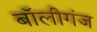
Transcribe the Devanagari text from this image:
बॉलीगंज